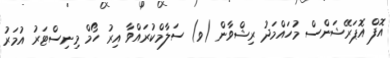
އޮފް އޮޕަރޭޝަންސް މުހައްމަދު ރިޝްވާން (ވ) ސަލާމްކުރައްވާ އިރު ހޯމް މިނިސްޓަރު އުމަރު